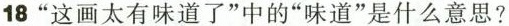
18“这画太有味道了”中的“味道”是什么意思？